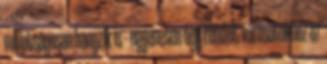
mulatságosan hangzik is – egyenesen úgy rendelt városotokhoz az